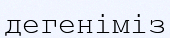
дегеніміз